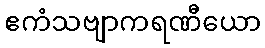
ဧကံသဗျာကရဏီယော